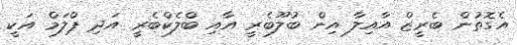
އެގޮތުން ބެރީޒް އާއިލާ އިން ބުލޫބެރީ އާއި ބްލެކްބެރީ އަދި ޕްލަމް އަކީ